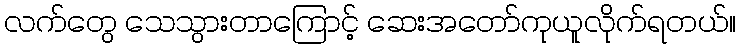
လက်တွေ သေသွားတာကြောင့် ဆေးအတော်ကုယူလိုက်ရတယ်။